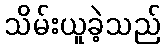
သိမ်းယူခဲ့သည်